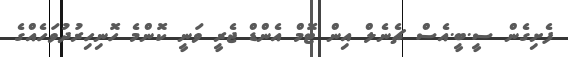
ފެށިގެން ސީ.ބީ.އެސް ޗެނެލް އިން ޓޮމް އެންޑް ޖެރީ ވަނީ ކޮންމެ ހޮނިހިރުދުވަހެއްގެ